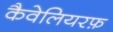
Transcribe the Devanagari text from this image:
कैवेलियरफ़